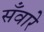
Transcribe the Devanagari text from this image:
सँवारे